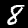
Label: 8